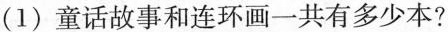
（1）童话故事和连环画一共有多少本?